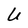
Character: U